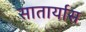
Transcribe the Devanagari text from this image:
सातार्यास